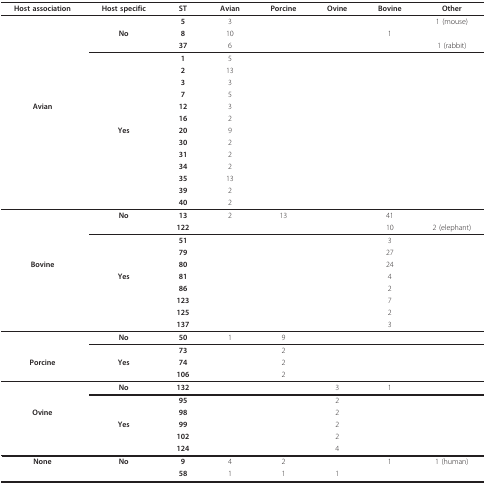
<table><thead><tr><td><b>Host association</b></td><td><b>Host specific</b></td><td><b>ST</b></td><td><b>Avian</b></td><td><b>Porcine</b></td><td><b>Ovine</b></td><td><b>Bovine</b></td><td><b>Other</b></td></tr></thead><tbody><tr><td></td><td></td><td><b>5</b></td><td>3</td><td></td><td></td><td></td><td>1 (mouse)</td></tr><tr><td></td><td><b>No</b></td><td><b>8</b></td><td>10</td><td></td><td></td><td>1</td><td></td></tr><tr><td></td><td></td><td><b>37</b></td><td>6</td><td></td><td></td><td></td><td>1 (rabbit)</td></tr><tr><td></td><td></td><td><b>1</b></td><td>5</td><td></td><td></td><td></td><td></td></tr><tr><td></td><td></td><td><b>2</b></td><td>13</td><td></td><td></td><td></td><td></td></tr><tr><td></td><td></td><td><b>3</b></td><td>3</td><td></td><td></td><td></td><td></td></tr><tr><td></td><td></td><td><b>7</b></td><td>5</td><td></td><td></td><td></td><td></td></tr><tr><td><b>Avian</b></td><td></td><td><b>12</b></td><td>3</td><td></td><td></td><td></td><td></td></tr><tr><td></td><td></td><td><b>16</b></td><td>2</td><td></td><td></td><td></td><td></td></tr><tr><td></td><td><b>Yes</b></td><td><b>20</b></td><td>9</td><td></td><td></td><td></td><td></td></tr><tr><td></td><td></td><td><b>30</b></td><td>2</td><td></td><td></td><td></td><td></td></tr><tr><td></td><td></td><td><b>31</b></td><td>2</td><td></td><td></td><td></td><td></td></tr><tr><td></td><td></td><td><b>34</b></td><td>2</td><td></td><td></td><td></td><td></td></tr><tr><td></td><td></td><td><b>35</b></td><td>13</td><td></td><td></td><td></td><td></td></tr><tr><td></td><td></td><td><b>39</b></td><td>2</td><td></td><td></td><td></td><td></td></tr><tr><td></td><td></td><td><b>40</b></td><td>2</td><td></td><td></td><td></td><td></td></tr><tr><td></td><td><b>No</b></td><td><b>13</b></td><td>2</td><td>13</td><td></td><td>41</td><td></td></tr><tr><td></td><td></td><td><b>122</b></td><td></td><td></td><td></td><td>10</td><td>2 (elephant)</td></tr><tr><td></td><td></td><td><b>51</b></td><td></td><td></td><td></td><td>3</td><td></td></tr><tr><td></td><td></td><td><b>79</b></td><td></td><td></td><td></td><td>27</td><td></td></tr><tr><td><b>Bovine</b></td><td></td><td><b>80</b></td><td></td><td></td><td></td><td>24</td><td></td></tr><tr><td></td><td><b>Yes</b></td><td><b>81</b></td><td></td><td></td><td></td><td>4</td><td></td></tr><tr><td></td><td></td><td><b>86</b></td><td></td><td></td><td></td><td>2</td><td></td></tr><tr><td></td><td></td><td><b>123</b></td><td></td><td></td><td></td><td>7</td><td></td></tr><tr><td></td><td></td><td><b>125</b></td><td></td><td></td><td></td><td>2</td><td></td></tr><tr><td></td><td></td><td><b>137</b></td><td></td><td></td><td></td><td>3</td><td></td></tr><tr><td></td><td><b>No</b></td><td><b>50</b></td><td>1</td><td>9</td><td></td><td></td><td></td></tr><tr><td></td><td></td><td><b>73</b></td><td></td><td>2</td><td></td><td></td><td></td></tr><tr><td><b>Porcine</b></td><td><b>Yes</b></td><td><b>74</b></td><td></td><td>2</td><td></td><td></td><td></td></tr><tr><td></td><td></td><td><b>106</b></td><td></td><td>2</td><td></td><td></td><td></td></tr><tr><td></td><td><b>No</b></td><td><b>132</b></td><td></td><td></td><td>3</td><td>1</td><td></td></tr><tr><td></td><td></td><td><b>95</b></td><td></td><td></td><td>2</td><td></td><td></td></tr><tr><td><b>Ovine</b></td><td></td><td><b>98</b></td><td></td><td></td><td>2</td><td></td><td></td></tr><tr><td></td><td><b>Yes</b></td><td><b>99</b></td><td></td><td></td><td>2</td><td></td><td></td></tr><tr><td></td><td></td><td><b>102</b></td><td></td><td></td><td>2</td><td></td><td></td></tr><tr><td></td><td></td><td><b>124</b></td><td></td><td></td><td>4</td><td></td><td></td></tr><tr><td><b>None</b></td><td><b>No</b></td><td><b>9</b></td><td>4</td><td>2</td><td></td><td>1</td><td>1 (human)</td></tr><tr><td></td><td></td><td><b>58</b></td><td>1</td><td>1</td><td>1</td><td></td><td></td></tr></tbody></table>